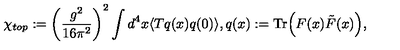
\chi _ { t o p } : = \left( \frac { g ^ { 2 } } { 1 6 \pi ^ { 2 } } \right) ^ { 2 } \int d ^ { 4 } x \langle T q ( x ) q ( 0 ) \rangle , q ( x ) : = \mathrm { T r } \Big ( F ( x ) \tilde { F } ( x ) \Big ) ,